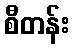
စီတန်း